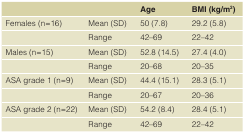
<table><thead><tr><td colspan="2"></td><td><b>Age</b></td><td><b>BMI (kg/m<sup>2</sup>)</b></td></tr></thead><tbody><tr><td>Females (n=16)</td><td>Mean (SD)</td><td>50 (7.8)</td><td>29.2 (5.8)</td></tr><tr><td></td><td>Range</td><td>42–69</td><td>22–42</td></tr><tr><td>Males (n=15)</td><td>Mean (SD)</td><td>52.8 (14.5)</td><td>27.4 (4.0)</td></tr><tr><td></td><td>Range</td><td>20–68</td><td>20–35</td></tr><tr><td>ASA grade 1 (n=9)</td><td>Mean (SD)</td><td>44.4 (15.1)</td><td>28.3 (5.1)</td></tr><tr><td></td><td>Range</td><td>20–67</td><td>20–36</td></tr><tr><td>ASA grade 2 (n=22)</td><td>Mean (SD)</td><td>54.2 (8.4)</td><td>28.4 (5.1)</td></tr><tr><td></td><td>Range</td><td>42–69</td><td>22–42</td></tr></tbody></table>